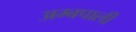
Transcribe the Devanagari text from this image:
अम्बपाली